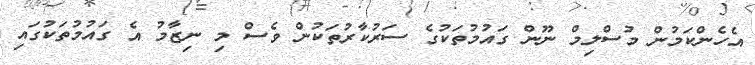
އެހެންކަމުން މުސްލިމް ނޫން ގައުމުތަކުގެ ސަރުކާރުތަކުން ވެސް މި ނިޒާމު އެ ގައުމުތަކުގައި